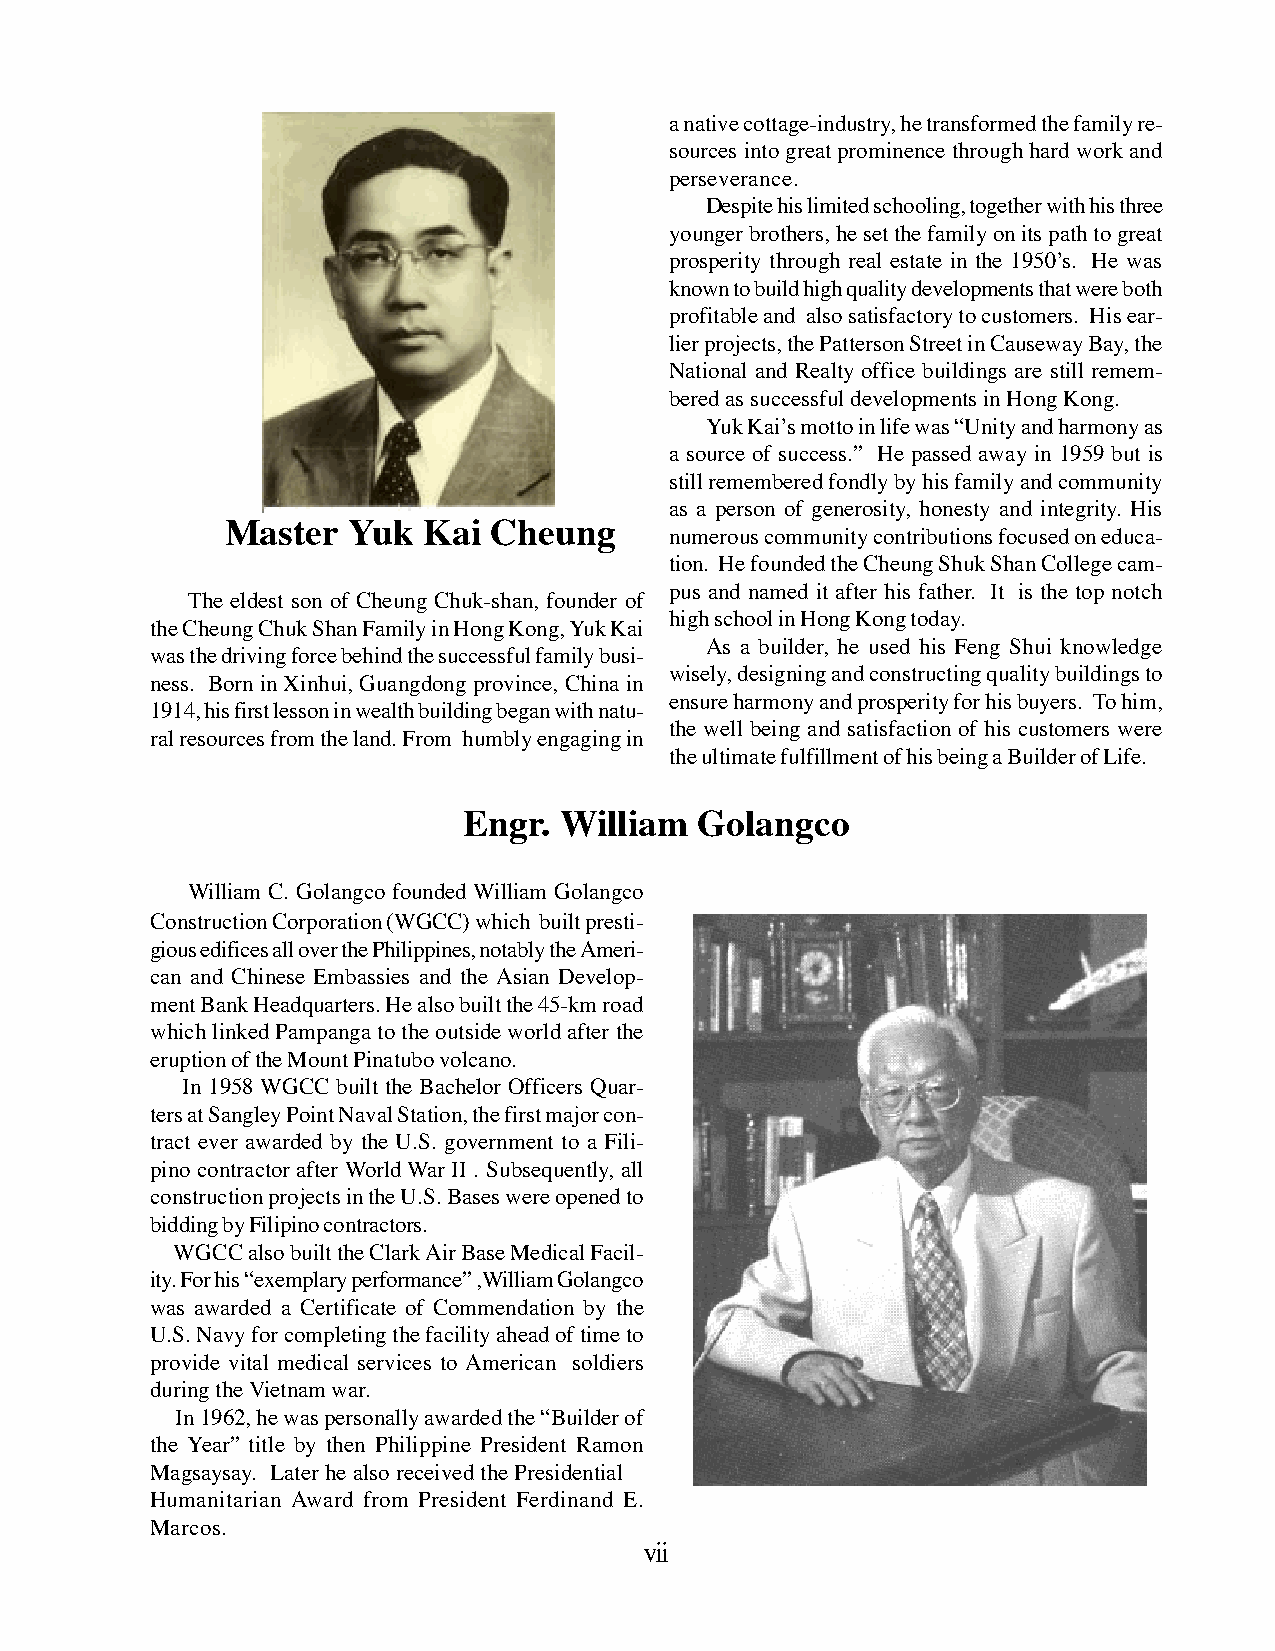
a native cottage-industry, he transformed the family re-
 sources into great prominence through hard work and
 perseverance.
 Despite his limited schooling, together with his three
 younger brothers, he set the family on its path to great
 prosperity through real estate in the 1950ʼs. He was
 known to build high quality developments that were both
 profitable and also satisfactory to customers. His ear-
 lier projects, the Patterson Street in Causeway Bay, the
 National and Realty office buildings are still remem-
 bered as successful developments in Hong Kong.
 Yuk Kaiʼs motto in life was “Unity and harmony as
 a source of success.” He passed away in 1959 but is
 still remembered fondly by his family and community
 as a person of generosity, honesty and integrity. His
 Master  Yuk  Kai  Cheung
 numerous community contributions focused on educa-
 tion. He founded the Cheung Shuk Shan College cam-
 pus and named it after his father. It is the top notch
 The eldest son of Cheung Chuk-shan, founder of
 high school in Hong Kong today.
 the Cheung Chuk Shan Family in Hong Kong, Yuk Kai
 As a builder, he used his Feng Shui knowledge
 was the driving force behind the successful family busi-
 wisely, designing and constructing quality buildings to
 ness. Born in Xinhui, Guangdong province, China in
 ensure harmony and prosperity for his buyers. To him,
 1914, his first lesson in wealth building began with natu-
 the well being and satisfaction of his customers were
 ral resources from the land. From humbly engaging in
 the ultimate fulfillment of his being a Builder of Life.
 Engr. William  Golangco
 William C. Golangco founded William Golangco
 Construction Corporation (WGCC) which built presti-
 gious edifices all over the Philippines, notably the Ameri-
 can and Chinese Embassies and the Asian Develop-
 ment Bank Headquarters. He also built the 45-km road
 which linked Pampanga to the outside world after the
 eruption of the Mount Pinatubo volcano.
 In 1958 WGCC built the Bachelor Officers Quar-
 ters at Sangley Point Naval Station, the first major con-
 tract ever awarded by the U.S. government to a Fili-
 pino contractor after World War II . Subsequently, all
 construction projects in the U.S. Bases were opened to
 bidding by Filipino contractors.
 WGCC also built the Clark Air Base Medical Facil-
 ity. For his “exemplary performance” ,William Golangco
 was awarded a Certificate of Commendation by the
 U.S. Navy for completing the facility ahead of time to
 provide vital medical services to American soldiers
 during the Vietnam war.
 In 1962, he was personally awarded the “Builder of
 the Year” title by then Philippine President Ramon
 Magsaysay. Later he also received the Presidential
 Humanitarian Award from President Ferdinand E.
 Marcos.
 vii